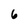
Character: 6